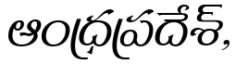
ఆంధ్రప్రదేశ్,